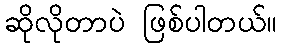
ဆိုလိုတာပဲ ဖြစ်ပါတယ်။